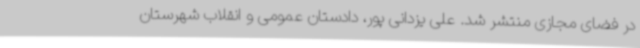
در فضای مجازی منتشر شد. علی یزدانی پور، دادستان عمومی و انقلاب شهرستان